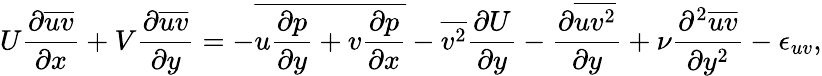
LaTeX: U\frac{\partial\overline{{uv}}}{\partial x}+V\frac{\partial\overline{{uv}}}{\partial y}=-\overline{{u\frac{\partial p}{\partial y}+v\frac{\partial p}{\partial x}}}-\overline{{v^{2}}}\frac{\partial U}{\partial y}-\frac{\partial\overline{{uv^{2}}}}{\partial y}+\nu\frac{\partial^{2}\overline{{uv}}}{\partial y^{2}}-\epsilon_{uv},